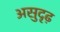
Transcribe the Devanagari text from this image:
असुदृढ़